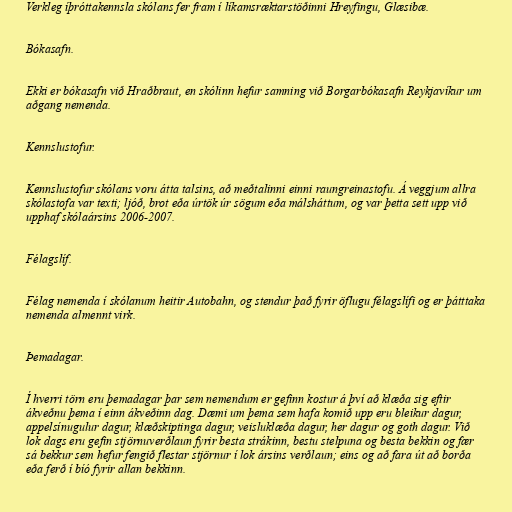
Verkleg íþróttakennsla skólans fer fram í líkamsræktarstöðinni Hreyfingu, Glæsibæ.

Bókasafn.

Ekki er bókasafn við Hraðbraut, en skólinn hefur samning við Borgarbókasafn Reykjavíkur um
aðgang nemenda.

Kennslustofur.

Kennslustofur skólans voru átta talsins, að meðtalinni einni raungreinastofu. Á veggjum allra
skólastofa var texti; ljóð, brot eða úrtök úr sögum eða málsháttum, og var þetta sett upp við
upphaf skólaársins 2006-2007.

Félagslíf.

Félag nemenda í skólanum heitir Autobahn, og stendur það fyrir öflugu félagslífi og er þátttaka
nemenda almennt virk.

Þemadagar.

Í hverri törn eru þemadagar þar sem nemendum er gefinn kostur á því að klæða sig eftir
ákveðnu þema í einn ákveðinn dag. Dæmi um þema sem hafa komið upp eru bleikur dagur,
appelsínugulur dagur, klæðskiptinga dagur, veisluklæða dagur, her dagur og goth dagur. Við
lok dags eru gefin stjörnuverðlaun fyrir besta strákinn, bestu stelpuna og besta bekkin og fær
sá bekkur sem hefur fengið flestar stjörnur í lok ársins verðlaun; eins og að fara út að borða
eða ferð í bíó fyrir allan bekkinn.